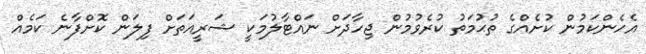
އެހެންކަމުން ކުށެއްގެ ތުޙުމަތު ކުރެވުމުން ޖިހާދަށް ނައްޓާލުމަކީ ޝަރީއަތަށް ފިލަން ކޮށްފާނެ ކަމެއް